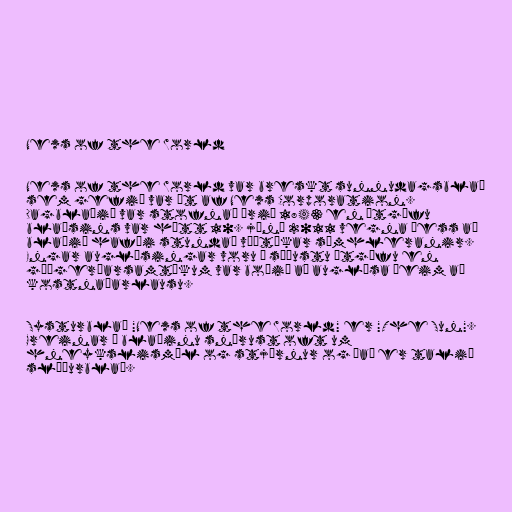
News of the World

News of the World var breskt sunnudagsblað
sem gefið var út af News Corporation.
Dagblaðið var stofnað árið 1843 en útgáfu
blaðsins var hætt 10. júní 2011 vegna þess að
blaðið hafði stundað víðtækar símhleranir.
Engar auglýsingar voru í síðustu útgáfu en
góðgerðarsamtökum var boðið að auglýsa þeim að
kostnaðarlausu.

Systurblað "News of the World" er "The Sun".
Greinar í blaðinu snérust oft um
hneykslismál og stjörnur og það er talið
slúðurblað.